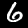
Digit: 6